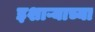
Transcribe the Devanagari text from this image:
इशाऱ्याच्या